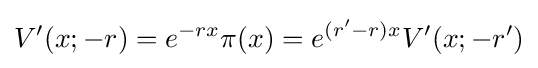
V'(x;-r)=e^{-rx}\pi (x)=e^{(r'-r)x}V'(x;-r')